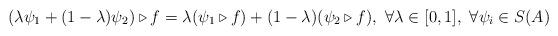
LaTeX: \begin{align*} (\lambda\psi_1+(1-\lambda)\psi_2)\triangleright f = \lambda(\psi_1\triangleright f)+(1-\lambda)(\psi_2\triangleright f),\ \forall\lambda\in[0,1],\ \forall \psi_i\in S(A) \end{align*}